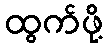
ထွက်ဖို့